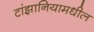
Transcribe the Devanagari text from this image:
टांझानियामधील